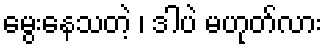
မွေးနေသတဲ့ ၊ ဒါပဲ မဟုတ်လား